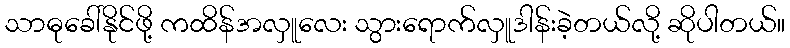
သာဓုခေါ်နိုင်ဖို့ ကထိန်အလှူလေး သွားရောက်လှူဒါန်းခဲ့တယ်လို့ ဆိုပါတယ်။